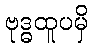
ဗုဒ္ဓထူပမှိ